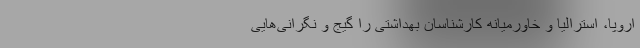
اروپا، استرالیا و خاورمیانه کارشناسان بهداشتی را گیج و نگرانی‌هایی